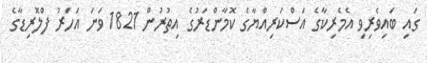
ގައި ބައިވެރިވި އެމެރިކާގެ އަސްކަރިއްޔާގެ ކޮމާންޑަރުގެ އިތުރުން 1821 ވަނަ އަހަރު ފްލޮރިޑާގެ